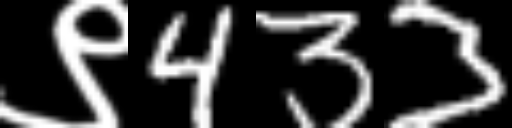
Text: ९433